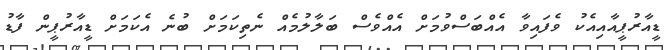
ޑީއާރުޕީއާއިއެކު ވެފައިވާ އެއްބަސްވުމަށް އެއްވެސް ބަލާލުމެއް ނެތިކަމަށް ބުނެ އެކަމަށް ޑީއާރުޕީން ފާޑު